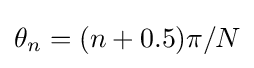
\theta _{n}=(n+0.5)\pi /N